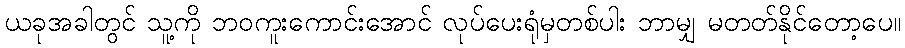
ယခုအခါတွင် သူ့ကို ဘဝကူးကောင်းအောင် လုပ်ပေးရုံမှတစ်ပါး ဘာမျှ မတတ်နိုင်တော့ပေ။